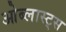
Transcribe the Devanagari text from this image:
ओब्लास्ट्स